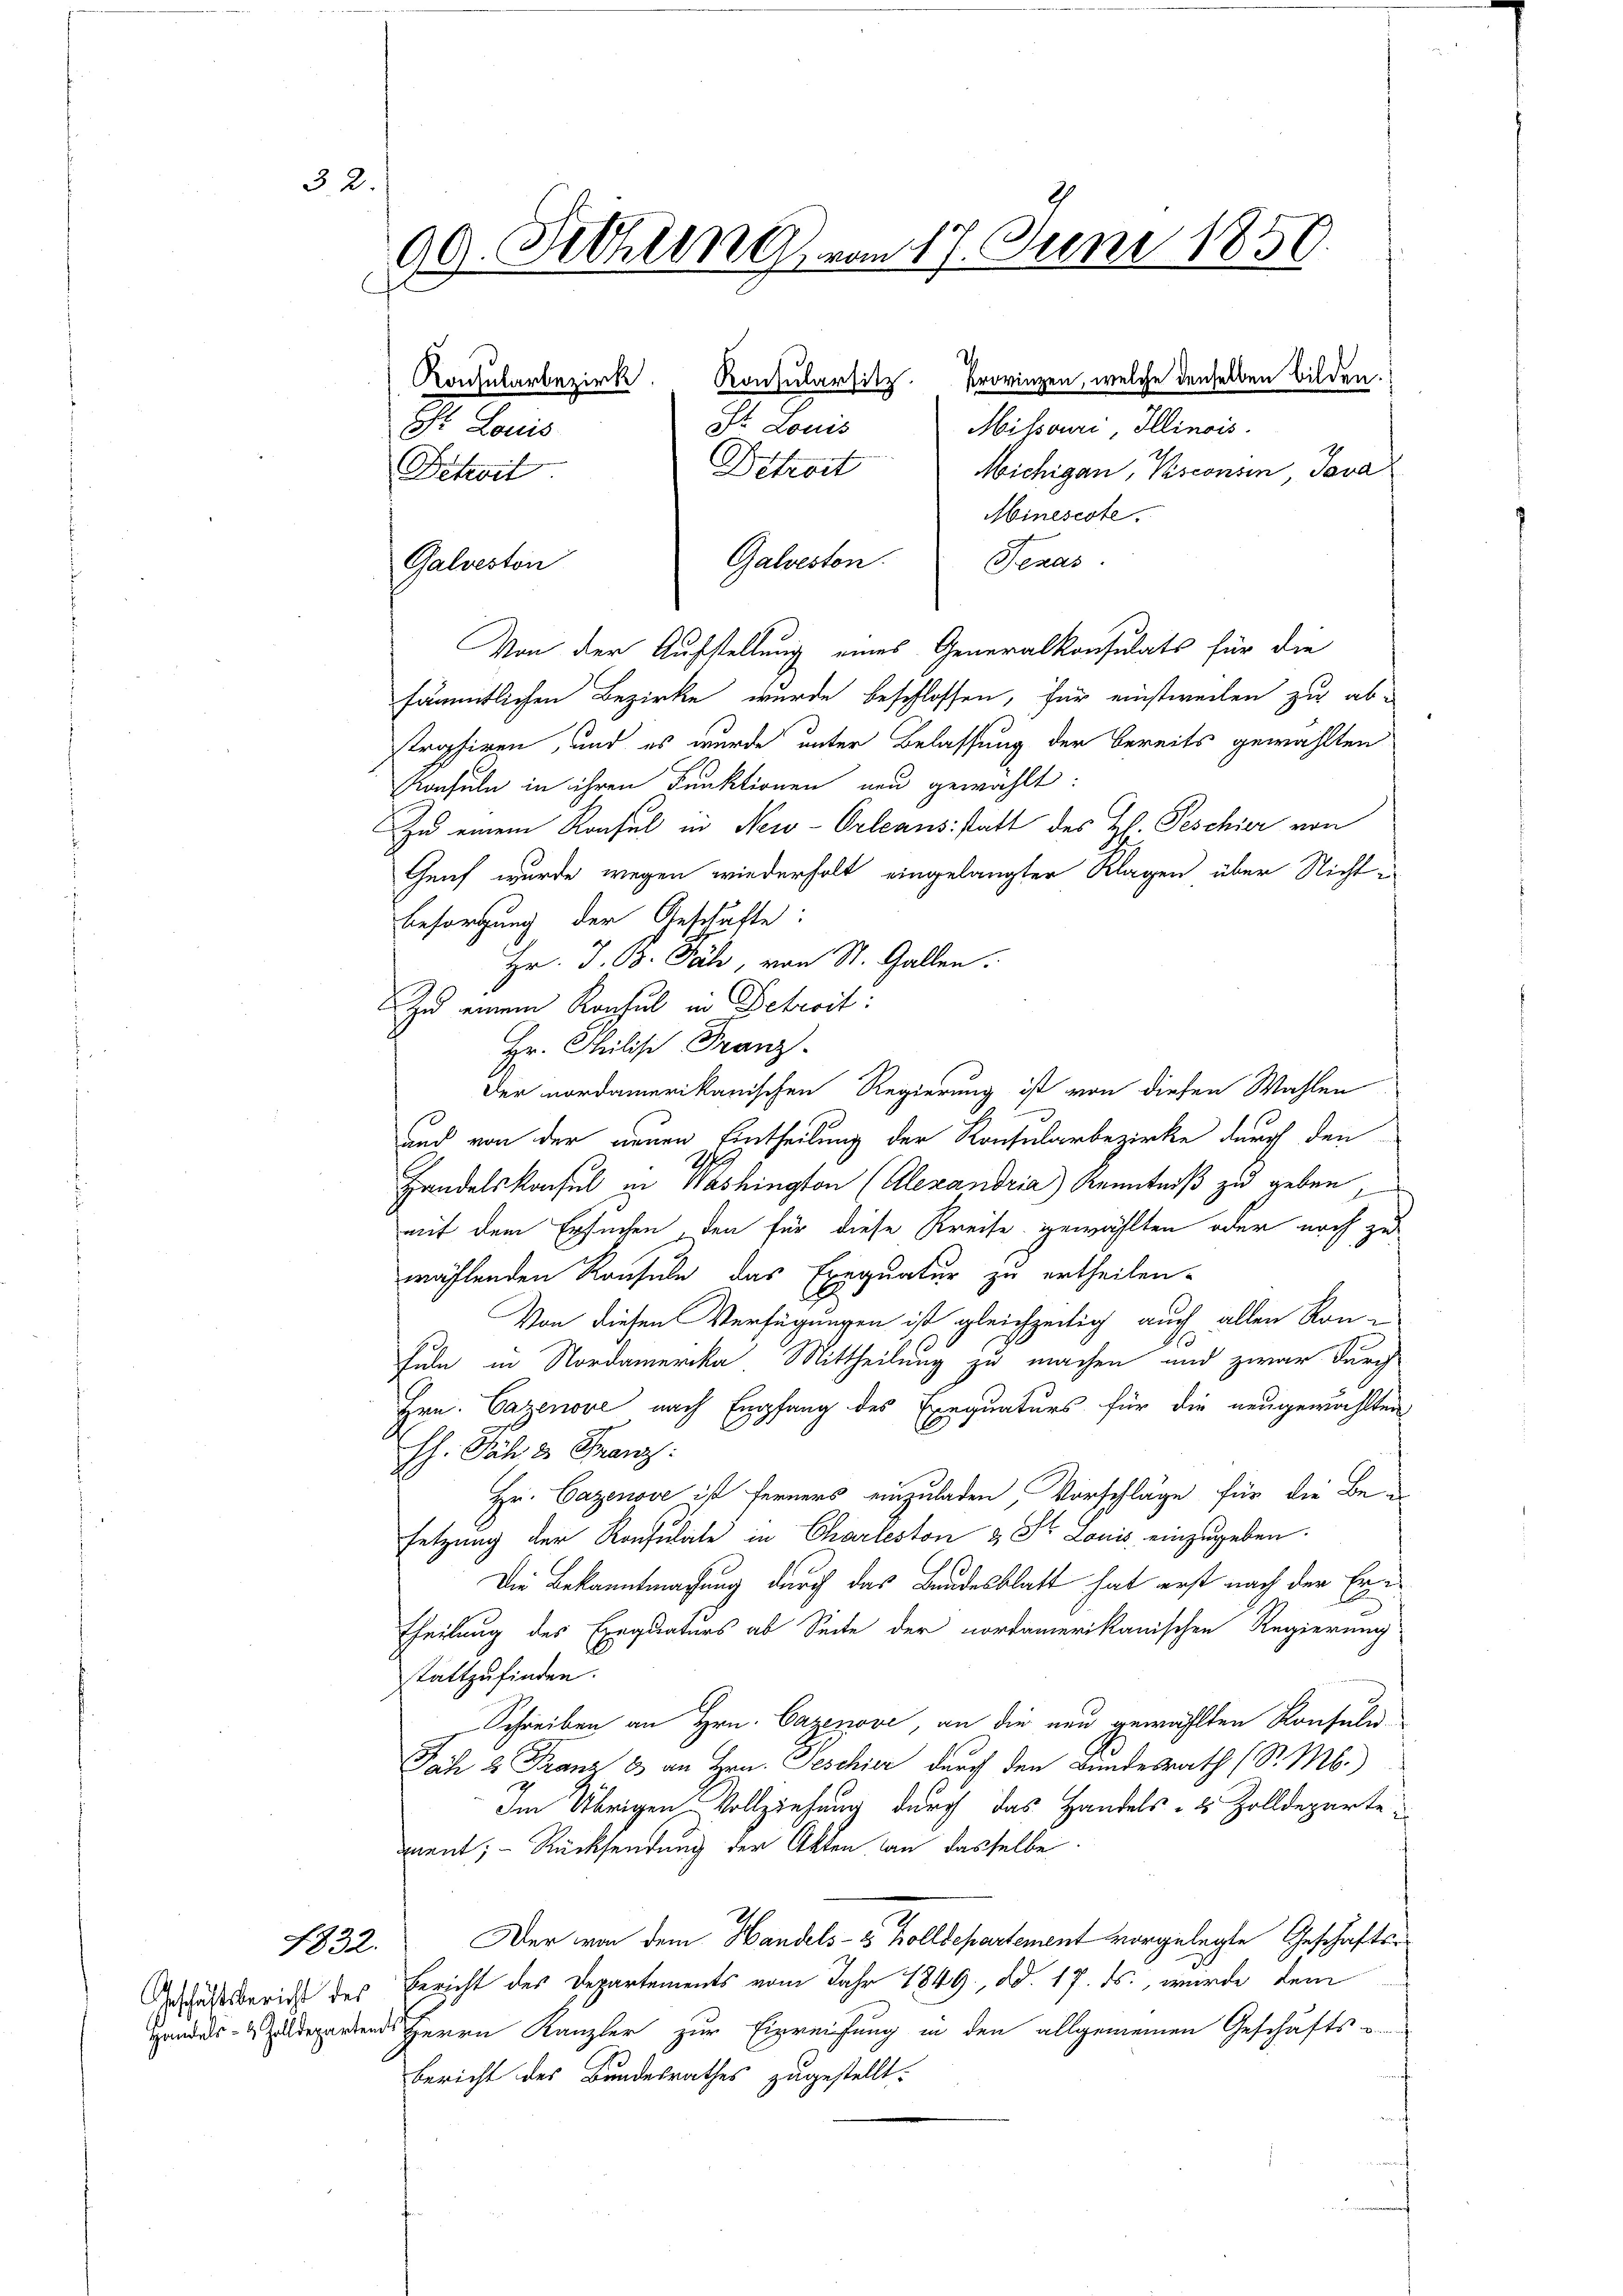
32.

1832.

Geschäftsbericht des

99. Fethung vom 17. Juni 1850.
h
Konsularbezirk. Konsularsitz. Provinzen, welche denselben bilden.
Ift Louis
Missouri, Illinois.
Sr Louis
Betreit
Michigan, Visconsen, Java
Detrait

Mineseste
Galveston.
Teras
Galveston
Von der Aufstellung eines Generalkonsulats für die
sämmtlichen Bezirke wurde beschlossen, für einstweilen zu ab-
strahiren, und es wurde unter Belassung der bereits gewählten
Konsuln in ihren Funktionen neu gewählt:
Zu einem Konsul in New-Orleans statt des Hs. Peschier von
Genf wurde wegen wiederholt eingelangter Klagen über Nicht
Besorgung der Geschäfte:
Hr. T. 13. Jäh, von St. Gallen.
Zu einem Konsul in Betreit
Hr. Philis Franz.
Der nordamerikanischen Regierung ist von diesen Wahlen
aud von der neuen Eintheilung der Konsularbezirke durch den
Handelskonsul in Washington (Alexandria) Kenntniß zu geben,
mit dem Ersuchen , den für diese Kreise gewählten oder noch zu
wählenden Konsuln das Exequatur zu ertheilen.
Von diesen Verfügungen ist gleichzeitig auch allen Kon¬
Fuln in Nordamerika, Mittheilung zu machen und zwar durch
Hrn. Cazenove nach Empfang des Exequaturs für die neugewählten
hh. Päh 3 Franz:
Hr. Cazenove ist ferners einzuladen, Vorschläge für die Besetzung der Konsulate in Charteston & Dr Louis einzugeben.
Die Bekanntmachung durch das Bundesblatt hat erst nach der Erzetheilung des Exequaturs ab Seite der cordamerikanischen Regierung
stattzufinden.
Schreiben an Hrn. Cazenove, an die neu gewählten Konfeln¬
Fach 2 Franz & an Hrn. Jeschier durch den Bundesrath (S. M.)
Im Übrigen Vollziehung durch das Handels- & Zolldeparte
ment; – Rücksendung der Akten an dasselbe
Der von dem Handels- & Zolldepartement vorgelegte Geschäfts¬
Bericht des Departements vom Jahr 1849, dd. 17. ds., wurde dem
Handerend Herrn Kanzler zur Einreichung in den allgemeinen Geschäfts-
Bericht des Bundesrathes zugestellt.